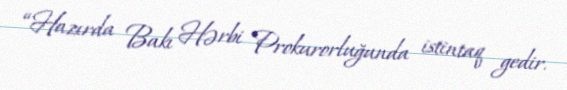
“Hazırda Bakı Hərbi Prokurorluğunda istintaq gedir.